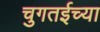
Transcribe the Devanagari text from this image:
चुगतईच्या